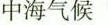
中海气候